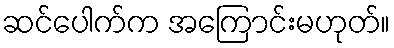
ဆင်ပေါက်က အကြောင်းမဟုတ်။